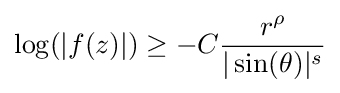
\log(|f(z)|)\geq -C{\frac {r^{\rho }}{|\sin(\theta )|^{s}}}